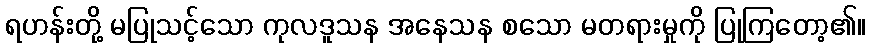
ရဟန်းတို့ မပြုသင့်သော ကုလဒူသန အနေသန စသော မတရားမှုကို ပြုကြတော့၏။